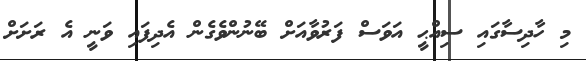
މި ހާދިސާގައި ސިއްޙީ އަވަސް ފަރުވާއަށް ބޭނުންވެގެން އެދިފައި ވަނީ އެ ރަށަށް